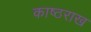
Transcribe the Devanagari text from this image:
काष्ठराख